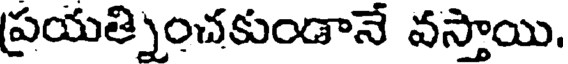
ప్రయత్నించకుండానే వస్తాయి.